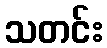
သတင်း